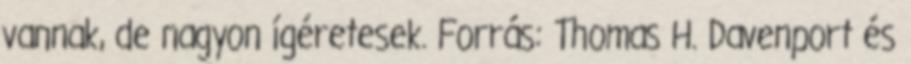
vannak, de nagyon ígéretesek. Forrás: Thomas H. Davenport és